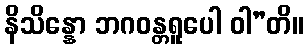
နိသိန္နော ဘဂဝန္တရူပေါ ဝါ”တိ။